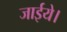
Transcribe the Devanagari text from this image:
जाईये।